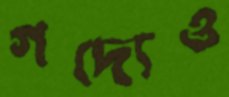
গদ্যেও